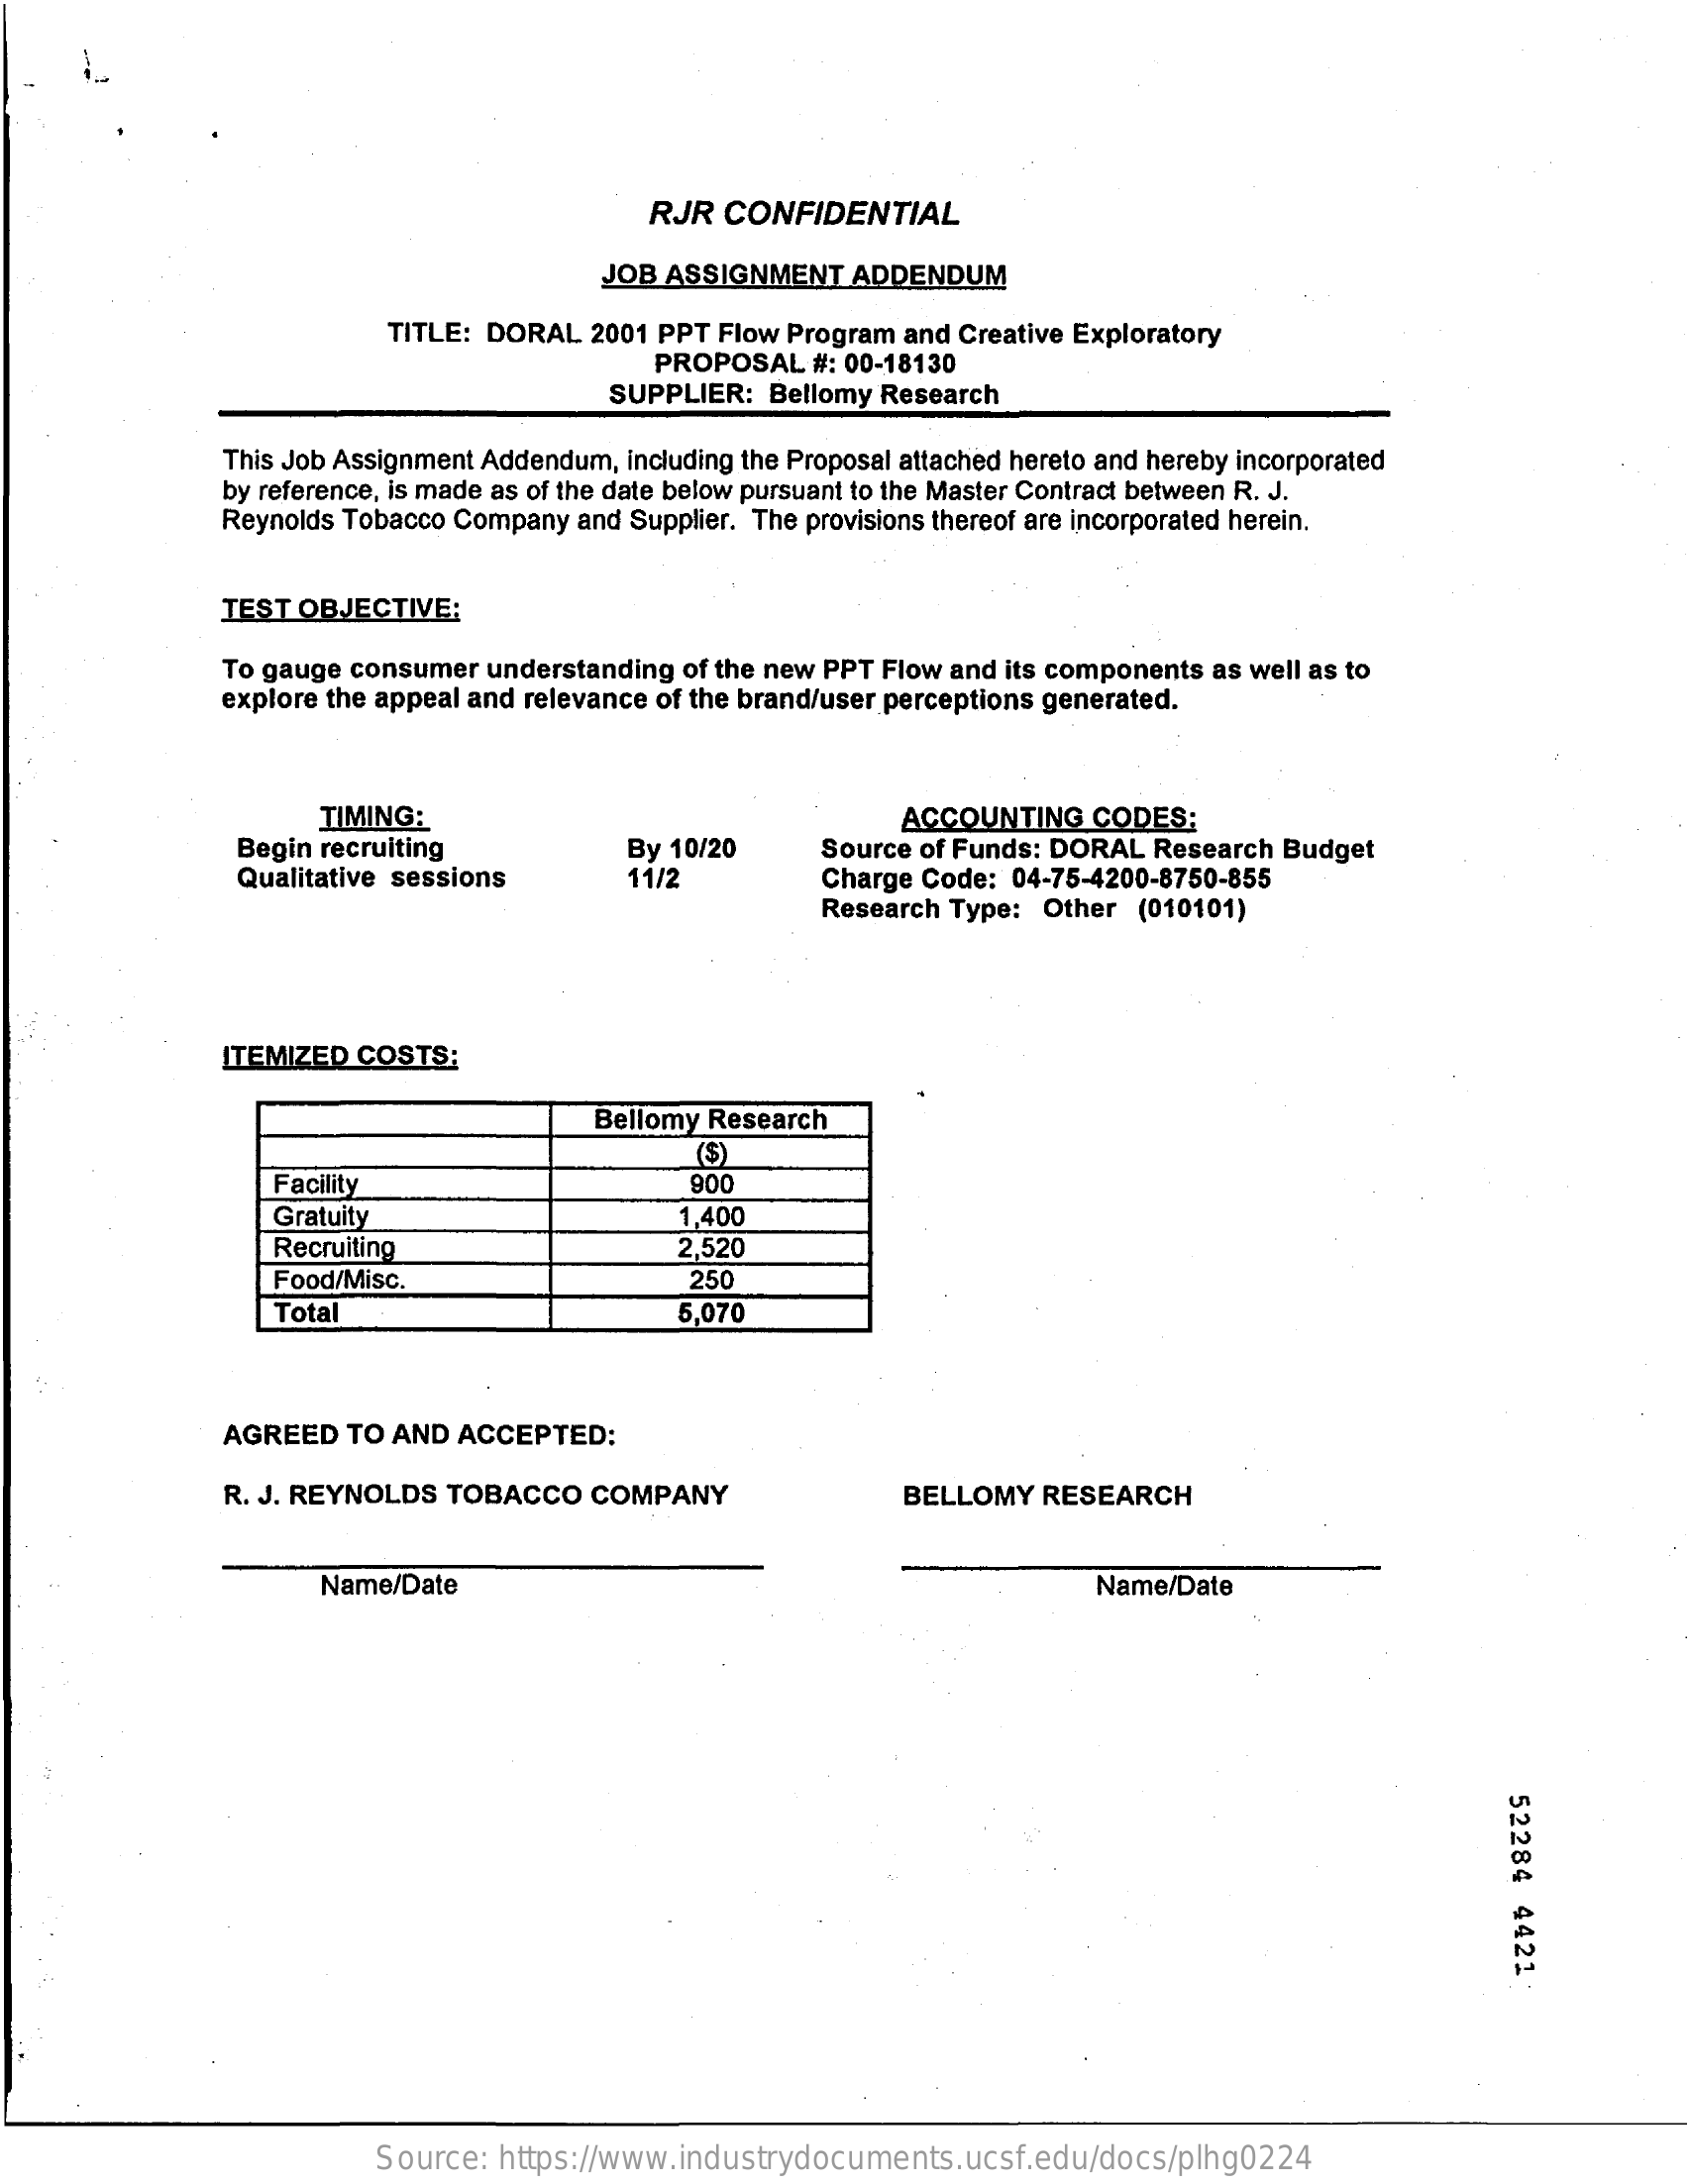
RJR  CONFIDENTIAL
     JOB ASSIGNMENT   ADDENDUM
     TITLE: DORAL  2001 PPT Flow Program and Creative Exploratory
     PROPOSAL  #: 00-18130
     SUPPLIER: Bellomy Research
     This Job Assignment Addendum, including the Proposal attached hereto and hereby incorporated
     by reference, is made as of the date below pursuant to the Master Contract between R. J.
     Reynolds Tobacco Company and Supplier. The provisions thereof are incorporated herein.
     TEST OBJECTIVE:
     To gauge consumer understanding of the new PPT Flow and its components as well as to
     explore the appeal and relevance of the brand/user perceptions generated.
     TIMING:    ACCOUNTING   CODES:
     Begin recruiting
     Qualitative sessions
     By 10/20    Source of Funds: DORAL Research Budget
     11/2    Charge Code: 04-75-4200-8750-855
     Research Type: Other  (010101)
     ITEMIZED COSTS:
     Bellomy Research
     ($)
     Facility    900
     Gratuity    1,400
     Recruiting    2,520
     Food/Misc.    250
     Total    5,070
     AGREED  TO AND  ACCEPTED:
     R. J. REYNOLDS TOBACCO   COMPANY    BELLOMY  RESEARCH
     Name/Date    Name/Date
     52284
     4421
     Source: https://www.industrydocuments.ucsf.edu/docs/plhg0224